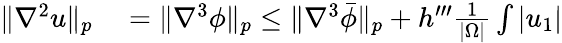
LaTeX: \begin{array}{rl}{\| \nabla^{2}u\| _{p}}&{{}=\| \nabla^{3}\phi\| _{p}\leq\| \nabla^{3}\bar{\phi}\| _{p}+h^{\prime\prime\prime}\frac{1}{|\Omega|}\int|u_{1}|}\end{array}